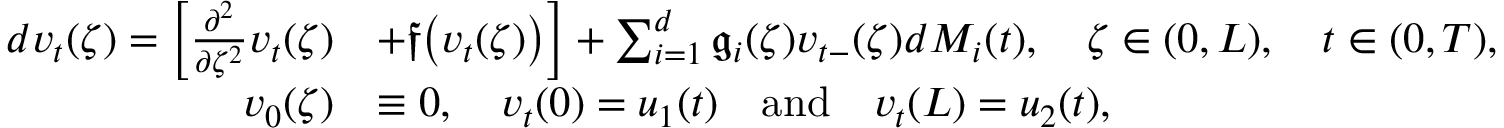
\begin{array} { r l } { d v _ { t } ( \zeta ) = \Big [ \frac { \partial ^ { 2 } } { \partial \zeta ^ { 2 } } v _ { t } ( \zeta ) } & { + \mathfrak { f } \big ( v _ { t } ( \zeta ) \big ) \Big ] + \sum _ { i = 1 } ^ { d } \mathfrak g _ { i } ( \zeta ) v _ { t - } ( \zeta ) d M _ { i } ( t ) , \quad \zeta \in ( 0 , L ) , \quad t \in ( 0 , T ) , } \\ { v _ { 0 } ( \zeta ) } & { \equiv 0 , \quad v _ { t } ( 0 ) = u _ { 1 } ( t ) \quad \mathrm { a n d } \quad v _ { t } ( L ) = u _ { 2 } ( t ) , } \end{array}